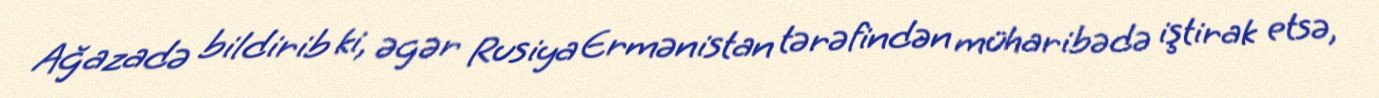
Ağazadə bildirib ki, əgər Rusiya Ermənistan tərəfindən müharibədə iştirak etsə,